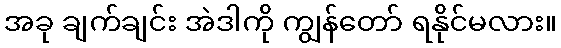
အခု ချက်ချင်း အဲဒါကို ကျွန်တော် ရနိုင်မလား။